Report of the Municipal Commissioner on the plague in Bombay for the year ending 31st May... - Volume 2
Disease focus: Plague
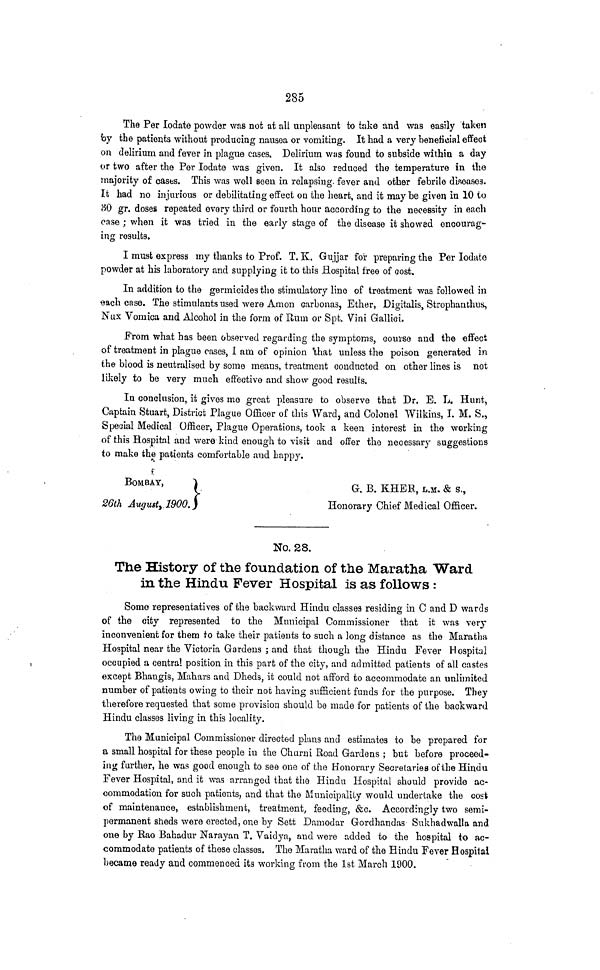
285
The Per lodate powder was not at all unpleasant to take and was easily tal«m
by the patients without producing nausea or vomiting. It had a very beneficial effect
on delirium and fever in plague cases. Delirium was found to subside within a day
or two after the Per lodate was given. It also reduced the temperature in the
majority of cases. This was well seen in relapsing, fever and other febrile diseases.
It had no injurious or debilitating effect on the heart, and it may be given in 10 to
30 gr. doses repeated every third or fourth hour according to the necessity in each
case ; when it was tried in the early stage of the disease it showed encourag-
ing results.
I must express my thanks to Prof. T. K. Gujjar for preparing the Per lodato
powder at his laboratory and supplying it to this Hospital free of cost.
In addition to the germicides the stimulatory line of treatment was followed in
tfach case. The stimulants used were Amon carbonas, Ether, Digitalis, Strophanthus,
Nux Vomica and Alcohol in the form of Rum or Spt. Vini Gallici.
From what has been observed regarding the symptoms, course and the effect
of treatment in plague cases, I am of opinion 'that unless the poison generated in
the blood is neutralised by some means, treatment conducted on other lines is not
likely to be very much effective and show good results.
In conclusion, it gives me great pleasure to observe that Dr. E. L. Hunt,
Captain Stuart, District Plague Officer of this Ward, and Colonel "Wilkins, I. M. S.,
Special Medical Officer, Plague Operations, took a keen interest in the working
of this Hospital and were kind enough to visit and offer the necessary suggestions
to make the patients comfortable and happy.
f
BOMBAY,
|
G a EHER, L.M. & s.,
26th August, 1900.)
Honorary Chief Medical Officer.
No. 28.
The History of the foundation of the Maratha Ward
in the Hindu Fever Hospital is as follows :
Some representatives of the backward Hindu classes residing in C and D wards
of the city represented to the Municipal Commissioner that it was very-
inconvenient for them to take their patients to such a long distance as the Maratha
Hospital near the Victoria Gardens ; and that though the Hindu Fever Hospital
occupied a central position in this part of the city, and admitted patients of all castes
except Bhaugis, Mahars and Dheds, it could not afford to accommodate an unlimited
number of patients owing to their not having sufficient funds for the purpose. They
therefore requested that some provision should be made for patients of the backward
Hindu classes living in this locality.
The Municipal Commissioner directed plans and estimates to be prepared for
a small hospital for these people in the Churni Road Gardens ; but before proceed-
ing further, he was good enough to see one of the Honorary Secretaries of the Hindu
Fever Hospital, and it was arranged that the Hindu Hospital should provide ac-
commodation for such patients, and that the Municipality would undertake the cost
of maintenance, establishment, treatment, feeding, &c. Accordingly two semi-
permanent sheds were erected, one by Sett Damodar Gordhandas Sukhadwalla and
one by Rao Bahadur Narayan T. Vaidya, and were added to the hospital to ac-
commodate patients of these classes. The Maratha ward of the Hindu Fever HospMai
became ready and commenced its working from the 1st March 1900.